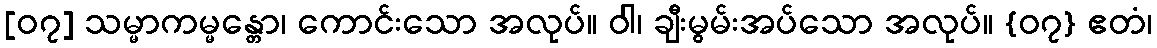
[၀၇] သမ္မာကမ္မန္တော၊ ကောင်းသော အလုပ်။ ဝါ၊ ချီးမွမ်းအပ်သော အလုပ်။ {၀၇} ဧတံ၊